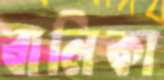
বালিকা